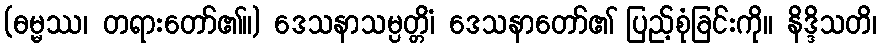
(ဓမ္မဿ၊ တရားတော်၏။) ဒေသနာသမ္ပတ္တိံ၊ ဒေသနာတော်၏ ပြည့်စုံခြင်းကို။ နိဒ္ဒိသတိ၊